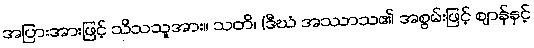
အပြားအားဖြင့် သိသသူအား။ သတိ၊ (ဒီဃံ အဿာသ၏ အစွမ်းဖြင့် ဈာန်နှင့်